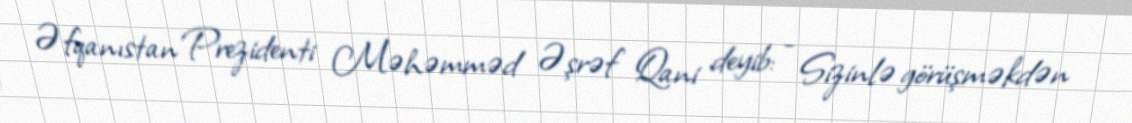
Əfqanıstan Prezidenti Məhəmməd Əşrəf Qani deyib: - Sizinlə görüşməkdən